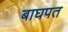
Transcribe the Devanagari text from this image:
बाघपत